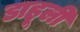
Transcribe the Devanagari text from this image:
डाहूली